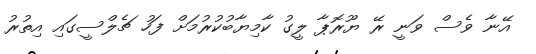
އޭނާ ވެސް ވަނީ ރޭ ޔޫރޮޕާ ލީގު ކާމިޔާބުކުރުމަށް ފަހު ޗެލްސީގައި އިތުރު